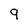
Character: 9